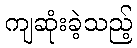
ကျဆုံးခဲ့သည့်